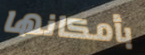
بأمكانها